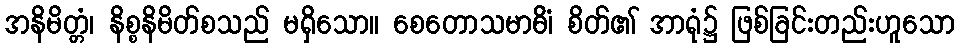
အနိမိတ္တံ၊ နိစ္စနိမိတ်စသည် မရှိသော။ စေတောသမာဓိံ၊ စိတ်၏ အာရုံ၌ ဖြစ်ခြင်းတည်းဟူသော